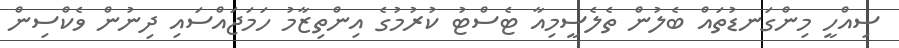
ސިއްހީ މިންގަނޑުތައް ބެލުން ތެލެސީމިއާ ޓެސްޓު ކުރުމުގެ އިންތިޒާމު ހަމަޖައްސައި ދިނުން ވެކްސިން